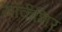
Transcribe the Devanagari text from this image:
यॉर्कशिर